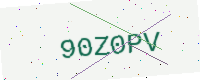
Text: 90Z0PV